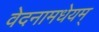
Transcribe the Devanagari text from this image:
वेदनामधेयम्